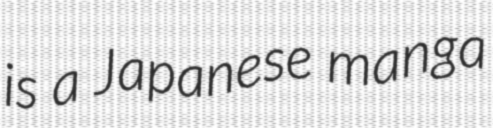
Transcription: is a Japanese manga